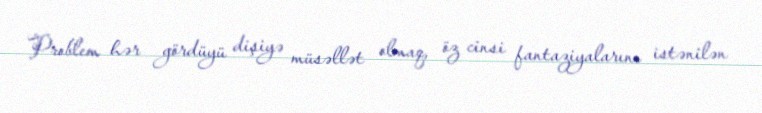
Problem hər gördüyü dişiyə müsəllət olmaq, öz cinsi fantaziyalarını istənilən